Lunatic asylums Punjab 1868-1880 - 1868-1880
Year: 1868
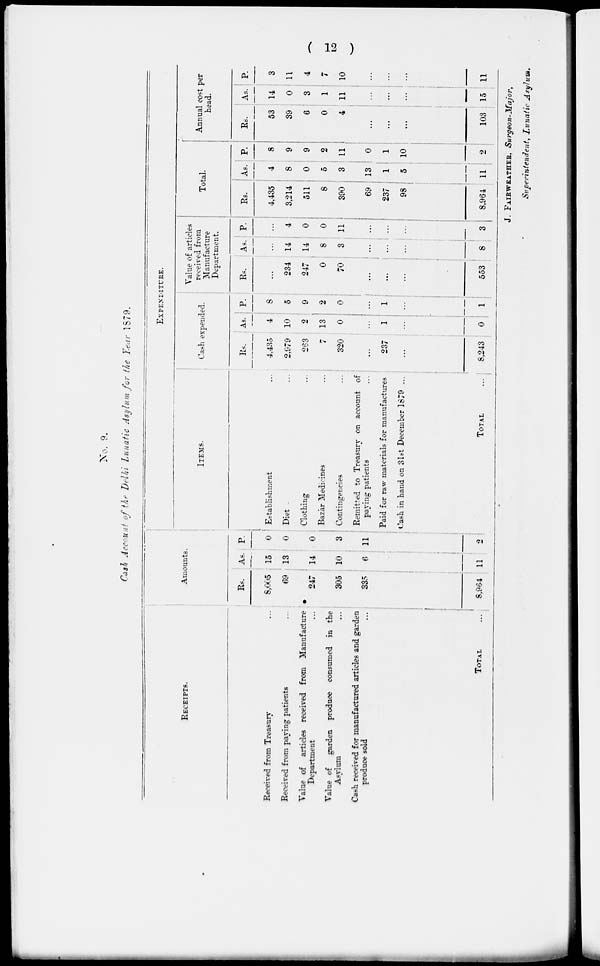
( 12 )
No. 9.
Cash Account of the Delhi Lunatic Asylum for the Year 1879.
RECEIPTS.
Received from Treasury ...
Received from paying patients ...
Value of articles received from Manufacture
Department ...
Value of garden produce consumed in the
Asylum ...
Cash received for manufactured articles and garden
produce sold ...
TOTAL ...
Amounts.
Rs.
8,005
69
247
305
335
8,964
As.
15
13
14
10
6
11
P.
0
0
0
3
11
2
EXPENDITURE.
ITEMS.
Establishment
Diet
Clothing
Bazar Medicines
Contingencies
Remitted to Treasury on account of
paying patients
...
Paid for raw materials for manufactures
Cash in hand on 31st December 1879 ...
TOTAL
...
Cash expended.
Rs.
4,435
2,979
263
7
320
...
237
...
8,243
As.
4
10
2
13
0
...
1
...
0
P.
8
5
9
2
0
...
1
...
1
Value of articles
received from
Manufacture
Department.
Rs.
...
234
247
0
70
...
...
...
553
As.
...
14
14
8
3
...
...
...
8
P.
...
4
0
0
11
...
...
...
3
Total.
Rs.
4435
3,214
511
8
390
69
237
98
8,964
As.
4
8
0
5
3
13
1
5
11
P.
8
9
9
2
11
0
1
10
2
Annual cost per
head.
Rs.
53
39
6
0
4
...
...
...
103
As.
14
0
3
1
11
...
...
...
15
P.
3
11
4
7
10
...
...
...
11
J. FAIRWEATHER, Surgeon-Major,
Superintendent, Lunatic Asylum.